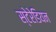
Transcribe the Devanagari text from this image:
स्‍टेरेडियन